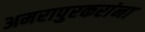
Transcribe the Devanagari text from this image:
अमरापुरकरांना